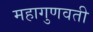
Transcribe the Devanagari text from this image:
महागुणवती